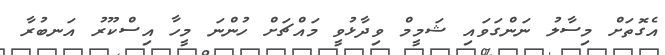
އެގޮތަށް މިސާލު ނަންގަވައި ޝަމީމް ވިދާޅުވީ މައްޗަށް ހުންނަ މީހާ އިސްކޫރު އަނބުރާ